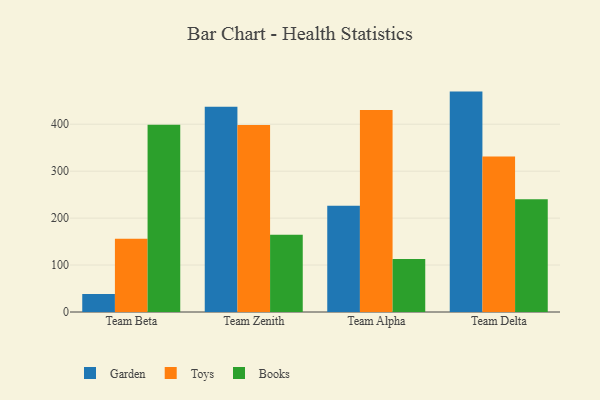
{"axis": {"x": "Team", "y": "Humidity (%)"}, "legend": ["Books", "Garden", "Toys"], "data": [{"x": "Team Beta", "y": 38.4, "type": "Garden"}, {"x": "Team Beta", "y": 156.1, "type": "Toys"}, {"x": "Team Beta", "y": 398.8, "type": "Books"}, {"x": "Team Zenith", "y": 437.2, "type": "Garden"}, {"x": "Team Zenith", "y": 398.6, "type": "Toys"}, {"x": "Team Zenith", "y": 164.6, "type": "Books"}, {"x": "Team Alpha", "y": 226.4, "type": "Garden"}, {"x": "Team Alpha", "y": 430.3, "type": "Toys"}, {"x": "Team Alpha", "y": 112.9, "type": "Books"}, {"x": "Team Delta", "y": 469.5, "type": "Garden"}, {"x": "Team Delta", "y": 331.3, "type": "Toys"}, {"x": "Team Delta", "y": 240.3, "type": "Books"}]}